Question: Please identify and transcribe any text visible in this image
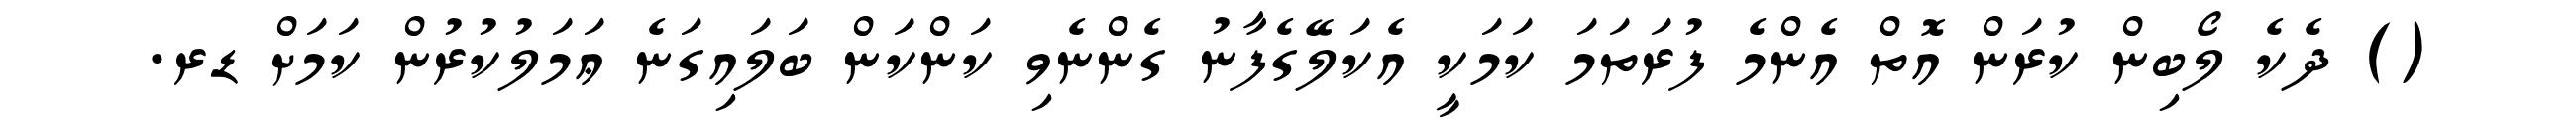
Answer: () ދެކެ ލޯބިން ކުރަން އޮތް އެންމެ ފުރަތަމަ ކަމަކީ އެކަލޭގެފާނު ގެންނެވި ކަންކަން ބަލައިގަނެ ޢަމަލުކުރުން ކަމަށް ޑރ.